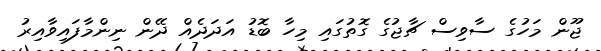
ޖޫން މަހުގެ ސާވިސް ޗާޖުގެ ގޮތުގައި މިހާ ބޮޑު އަދަދެއް ދޭން ނިންމާފައިވާއިރު